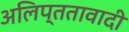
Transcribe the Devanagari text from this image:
अलिप्‍ततावादी